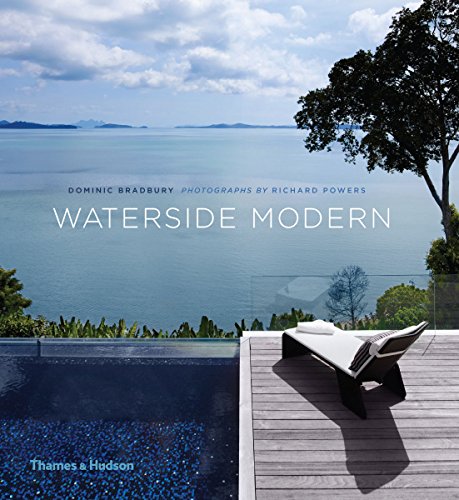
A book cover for Waterside Modern; Dominic Bradbury; Arts & Photography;